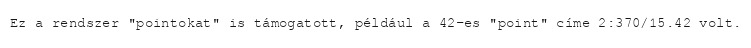
Ez a rendszer "pointokat" is támogatott, például a 42-es "point" címe 2:370/15.42 volt.